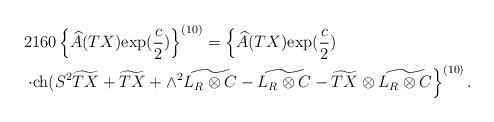
LaTeX: \begin{align*}&2160\left\{\widehat{A}(TX){\rm exp}(\frac{c}{2})\right\}^{(10)}=\left\{\widehat{A}(TX){\rm exp}(\frac{c}{2})\right.\\&\left.\cdot{\rm ch}(S^2\widetilde{TX}+\widetilde{TX}+\wedge^2\widetilde{L_R\otimes C}-\widetilde{L_R\otimes C}-\widetilde{TX}\otimes\widetilde{L_R\otimes C}\right\}^{(10)}.\end{align*}